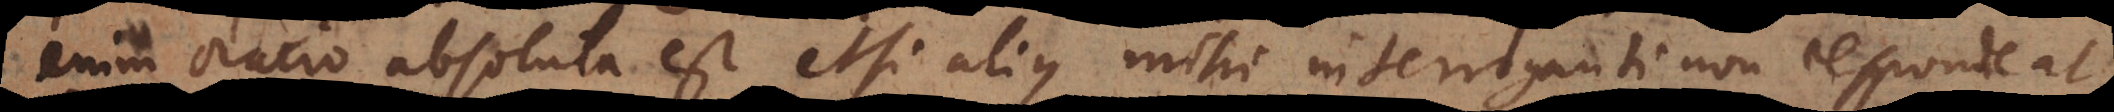
enim oratio absoluta est etsi alius mihi interroganti non respondeat.